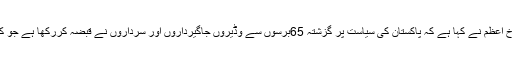
20؍دسمبر2012ءکراچی مضافاتی آرگنائزنگ کمیٹی کے انچارج فرخ اعظم نے کہا ہے کہ پاکستان کی سیاست پر گزشتہ 65برسوں سے وڈیروں جاگیرداروں اور سرداروں نے قبضہ کررکھا ہے جو کہ اپنے ذاتی مفاد کے حصول کے لئے پارٹیاں تبدیل کرتے رہتے ہیں۔